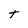
Character: t